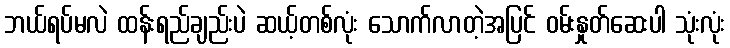
ဘယ်ရပ်မလဲ ထန်းရည်ချည်းပဲ ဆယ့်တစ်လုံး သောက်လာတဲ့အပြင် ဝမ်းနှုတ်ဆေးပါ သုံးလုံး